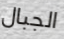
الجبال